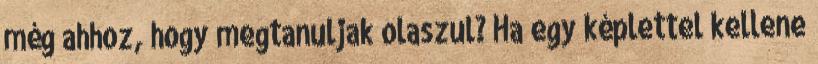
még ahhoz, hogy megtanuljak olaszul? Ha egy képlettel kellene